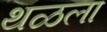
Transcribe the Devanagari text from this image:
थळला